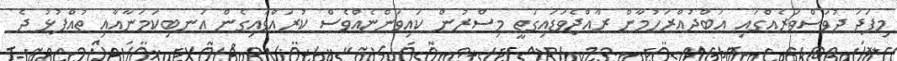
މިފަދަ ދުވަސްވަރެއްގައި އަބްދުއްރަހުމާން ރާއްޖެވަޑައިގަތީ މިސްރުން ކައިވަންޏެއްވެސް ކުރައްވައިގެން އަނބިކަމަނާއާއި ތުއްޕުޅު ދެ